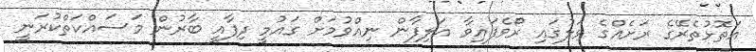
އަތޮޅުތެރޭގެ ރަށެއްގެ ވަލުގައި ރޯވެފައިވާ އަލިފާން ނިއްވުމަށް ގައުމީ ދިފާއީ ބާރުން މަސައްކަތްކުރަނީ